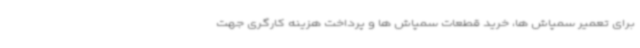
برای تعمیر سمپاش ها، خرید قطعات سمپاش ها و پرداخت هزینه کارگری جهت